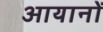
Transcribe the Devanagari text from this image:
आयानों